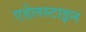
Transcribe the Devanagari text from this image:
एडेलस्टाइन